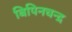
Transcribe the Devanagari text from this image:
बिपिनचन्द्र